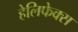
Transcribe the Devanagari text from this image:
हेलिफेक्स